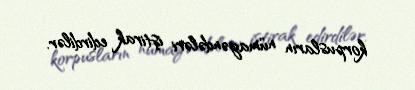
korpusların nümayəndələri iştirak edirdilər.